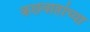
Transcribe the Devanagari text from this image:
कछवाहांच्या